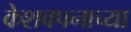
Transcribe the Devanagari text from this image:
केशवपनाच्या